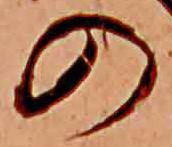
の